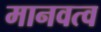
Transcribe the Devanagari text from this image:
मानवत्व